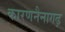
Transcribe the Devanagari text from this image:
कारणनैनागढ़